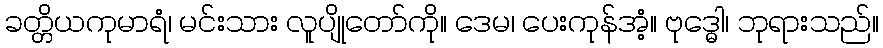
ခတ္တိယကုမာရံ၊ မင်းသား လူပျိုတော်ကို။ ဒေမ၊ ပေးကုန်အံ့။ ဗုဒ္ဓေါ၊ ဘုရားသည်။